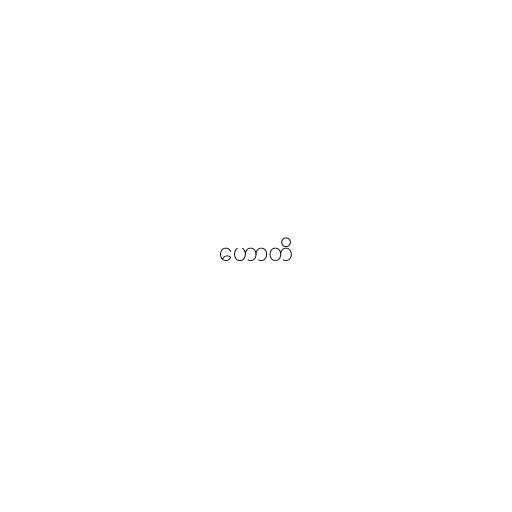
ဟောတိ